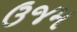
ઉજમ